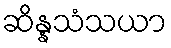
ဆိန္နသံသယာ